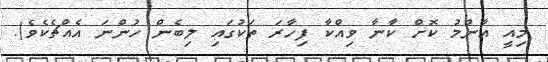
މިއީ އާންމު ކޮށް ކާނާ ވިއްކާ ފިހާރަ ތަކުގައި ލިބެން ހުންނަ އެއްޗެކެވެ).